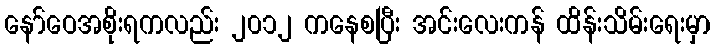
နော်ဝေအစိုးရကလည်း ၂၀၁၂ ကနေစပြီး အင်းလေးကန် ထိန်းသိမ်းရေးမှာ